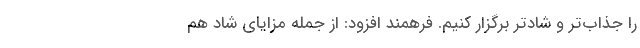
را جذاب‌تر و شادتر برگزار کنیم. فرهمند افزود: از جمله مزایای شاد هم